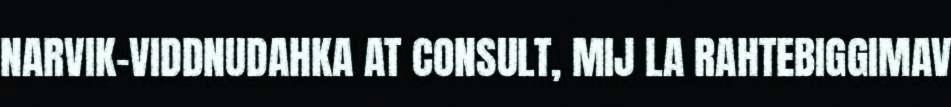
NARVIK-VIDDNUDAHKA AT CONSULT, MIJ LA RAHTEBIGGIMAV